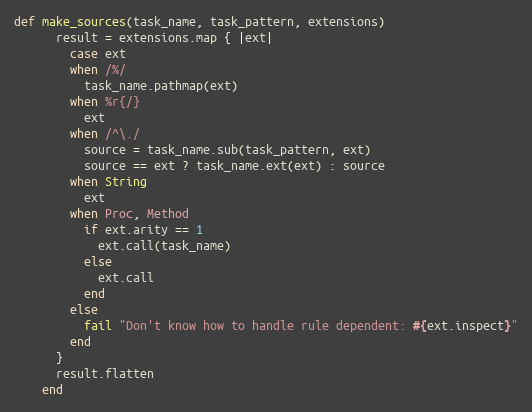
Language: Ruby
def make_sources(task_name, task_pattern, extensions)
      result = extensions.map { |ext|
        case ext
        when /%/
          task_name.pathmap(ext)
        when %r{/}
          ext
        when /^\./
          source = task_name.sub(task_pattern, ext)
          source == ext ? task_name.ext(ext) : source
        when String
          ext
        when Proc, Method
          if ext.arity == 1
            ext.call(task_name)
          else
            ext.call
          end
        else
          fail "Don't know how to handle rule dependent: #{ext.inspect}"
        end
      }
      result.flatten
    end